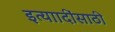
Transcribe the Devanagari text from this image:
इत्याादींसाठी